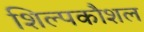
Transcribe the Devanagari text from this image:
शिल्पकौशल